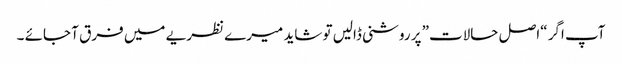
آپ اگر “اصل حالات” پر روشنی ڈالیں تو شاید میرے نظریے میں فرق آ جائے ۔